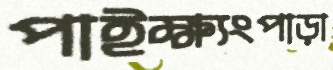
পাইক্ষ্যংপাড়া